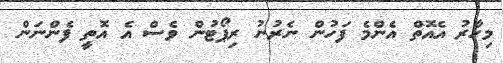
މިހާރު އެއޮތް އެންމެ ފަހުން ނެރުނު ރިޕޯޓުން ވެސް އެ އޮތީ ފެންނަން